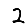
Digit: 2